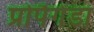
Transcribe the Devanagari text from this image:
प्रोपैगेंडा